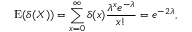
\operatorname { E } ( \delta ( X ) ) = \sum _ { x = 0 } ^ { \infty } \delta ( x ) { \frac { \lambda ^ { x } e ^ { - \lambda } } { x ! } } = e ^ { - 2 \lambda } ,